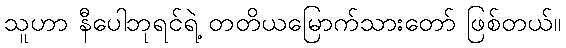
သူဟာ နီပေါဘုရင်ရဲ့ တတိယမြောက်သားတော် ဖြစ်တယ်။